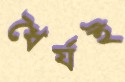
ধৈর্যই